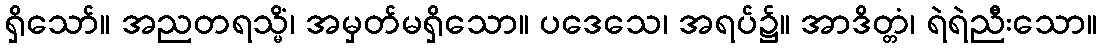
ရှိသော်။ အညတရသ္မိံ၊ အမှတ်မရှိသော။ ပဒေသေ၊ အရပ်၌။ အာဒိတ္တံ၊ ရဲရဲညီးသော။